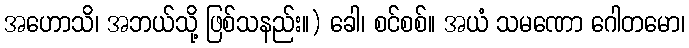
အဟောသိ၊ အဘယ်သို့ ဖြစ်သနည်း။) ခေါ၊ စင်စစ်။ အယံ သမဏော ဂေါတမော၊